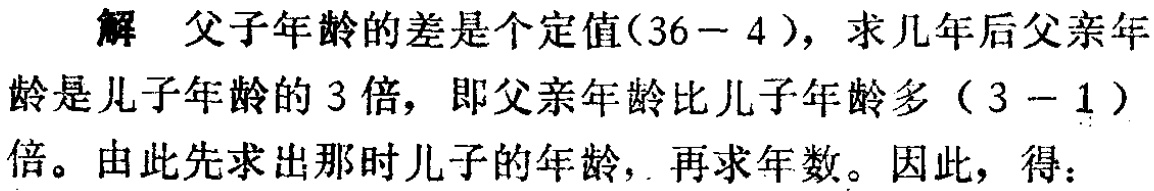
解 父子年龄的差是个定值\((36 - 4)\)，求几年后父亲年龄是儿子年龄的\(3\)倍，即父亲年龄比儿子年龄多\((3 - 1)\)倍。由此先求出那时儿子的年龄，再求年数。因此，得：